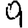
Digit: 9